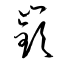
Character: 嶔